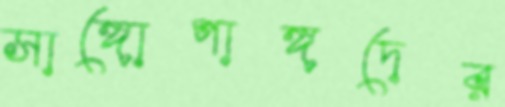
সাঙ্গোপাঙ্গদের